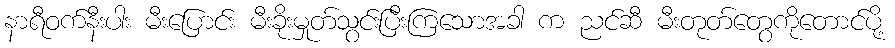
နာရီဝက်နီးပါး မီးပြောင်း မီးခိုးမှုတ်သွင်းပြီးကြသောအခါ က ညင်ဆီ မီးတုတ်တွေကိုတောင်ပို့